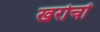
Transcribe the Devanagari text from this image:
खरोचों